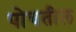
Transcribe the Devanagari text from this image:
पोचतील